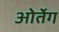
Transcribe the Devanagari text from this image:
ओर्तेग